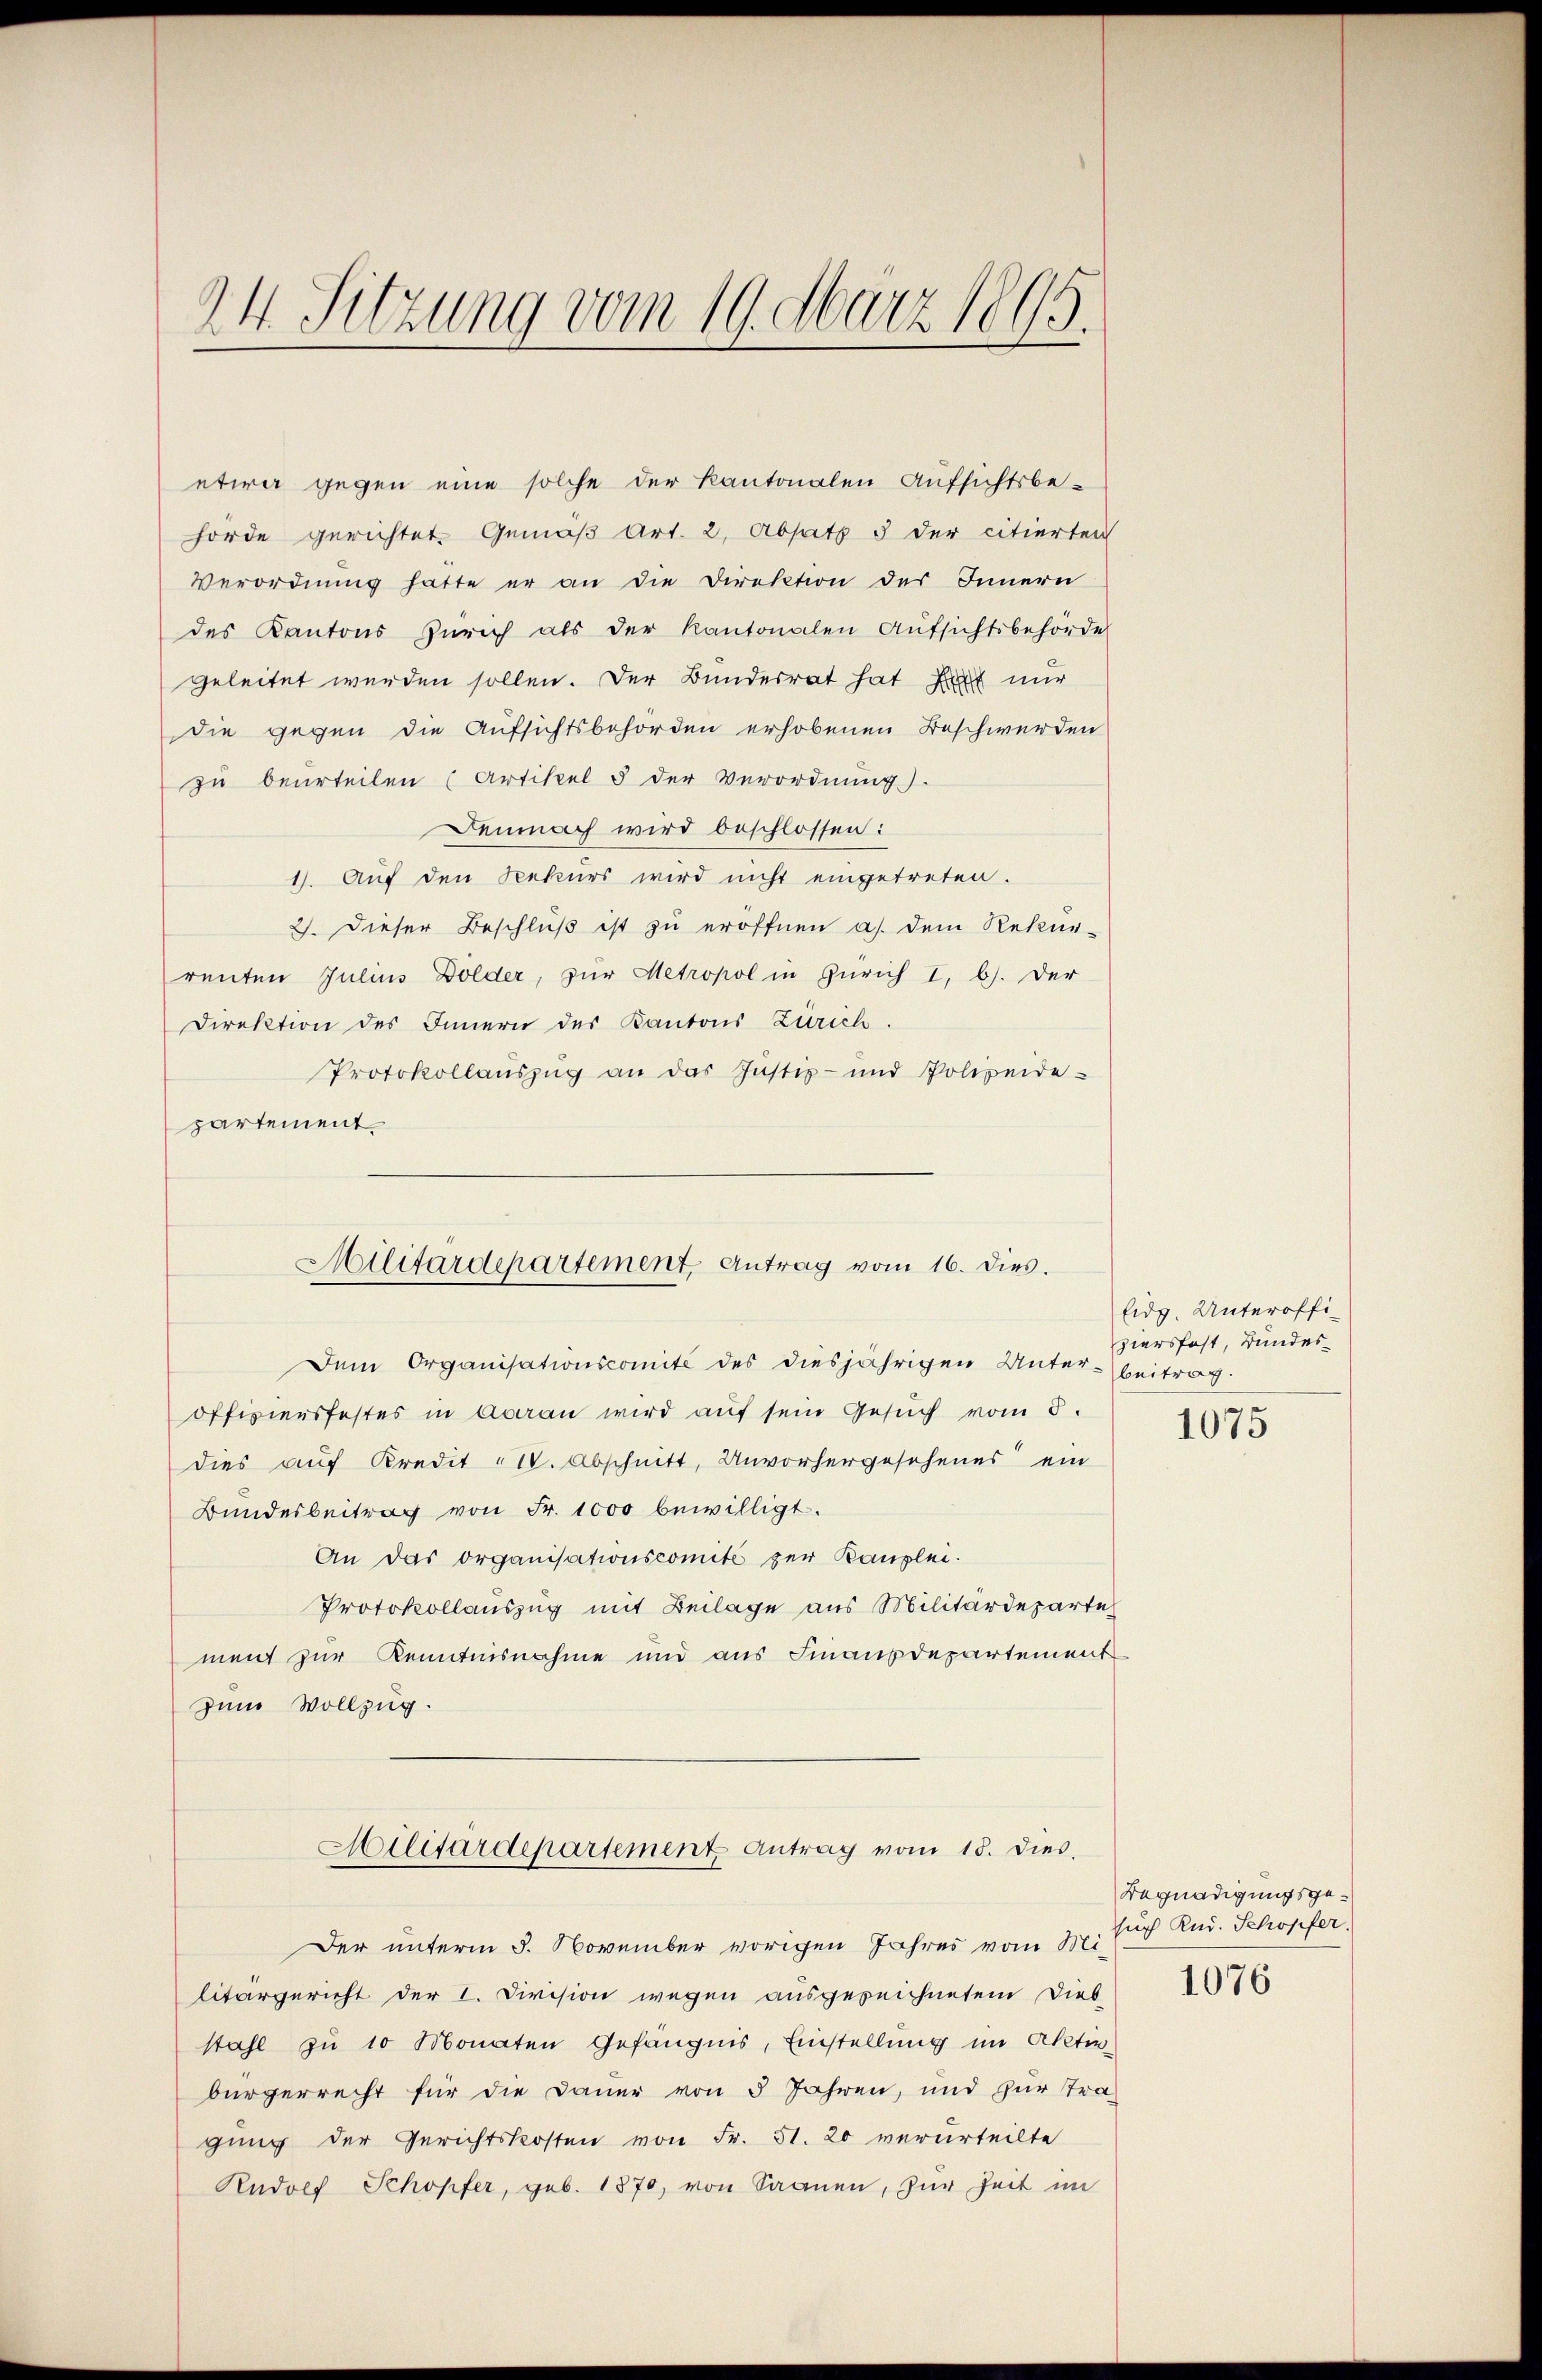
24. Sitzung vom 19. März 1895.

etwa gegen eine solche der Kantonalen Aufsichtsbe-
hörde gerichtet. Gemäβ Art. 2, Absatz 5 der citierten
Verordnŭng hatte er an die Direktion des Innern
des Kantons Zürich als der Kantonalen Aŭfsichtsbehörde
geleitet werden sollen. Der Bundesrat hat hat nur
die gegen die Aufsichtsbehörden erhobenen Beschwerden
zu beurteilen (Artikel 5 der Verordnung).
Demnach wird beschlossen:
1). Auf den Rekurs wird nicht eingetreten.
2). Dieser Beschluß ist zu eröffnen a. dem Rekurrenten Julius Dolder, zur Metropol in Zürich I, b). Der
Direktion des Innern des Kantons Zürich.
Protokollaŭszŭg an das Justiz- und Polizeide-
partement
Dem Organisationscomité des diesjährigen Unteroffiziersfestes in Averan wird auf sein Gesuch vom 5.
dies auf Kredit 1. Abschnitt, Unvorhergesehenes ein
Bundesbeitrag von Fr. 1000 bewilligt.
An das Organisationscomite zur Kanzlei.
Protokollauszug mit Beilage aus Militärdeparte
ment zur Kenntnisnahme und aus Finanzdepartement
zum Vollzug.
Militärdepartement Antrag vom 18. dies
Der unterm 8. November vorigen Jahres vom Mi-
litärgericht der I. Division wegen ausgezeichnetem Dies
stahl zu 10 Monaten Gefängnis, Einstellung im Akten,
bürgerrecht für die Dauer von 5 Jahren, und zur Tragung der Gerichtskosten von Fr. 51. 20 verurteilte
Rudolf Schopfer, geb. 1870, von Saanen, zŭr Zeit im

Militärdepartement, Antrag vom 16. dies.

Eidg. Unteroffiziersfest, Bundesbeitrag.

1075

Begnadigungsgesuch Rud. Schopfer.

1076